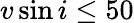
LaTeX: v\sin i\leq 50